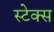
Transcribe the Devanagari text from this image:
स्टेक्स